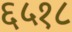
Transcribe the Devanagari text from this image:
६५१८